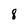
Character: 8